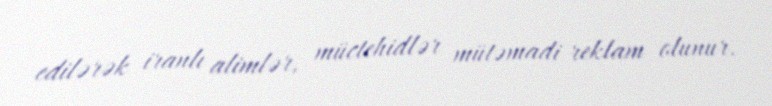
edilərək iranlı alimlər, müctehidlər mütəmadi reklam olunur.